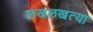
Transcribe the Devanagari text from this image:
लखलखत्या